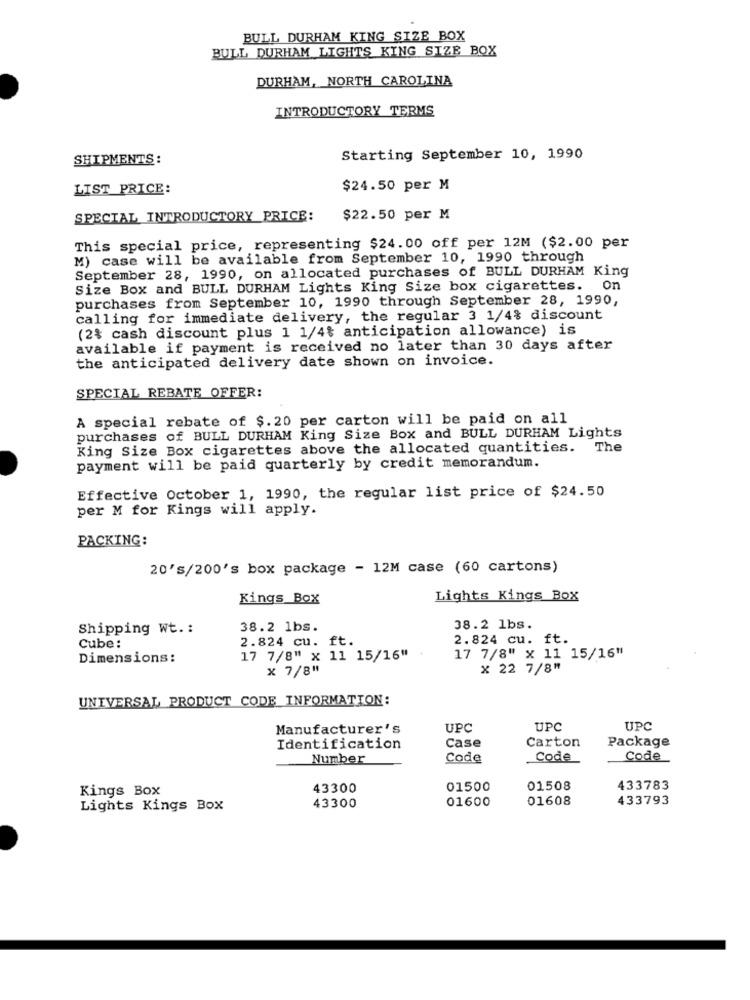
BULL DURHAM KING SIZE BOX
BULL DURHAM LIGHTS KING SIZE BOX
DURHAM, NORTH CAROLINA
INTRODUCTORY TERMS
SHIPMENTS:
Starting September 10, 1990
LIST PRICE:
$24.50 per M
SPECIAL INTRODUCTORY_PRICE:
$22.50 per M
This special price, representing $24.00 off per 12M ($2.00 per
M) case will be available from September 10, 1990 through
September 28, 1990, on allocated purchases of BULL DURHAM King
Size Box and BULL DURHAM Lights King Size box cigarettes. On
purchases from September 10, 1990 through September 28, 1990,
calling for immediate delivery, the regular 3 1/4% discount
(2% cash discount plus 1 1/4% anticipation allowance) is
available if payment is received no later than 30 days after
the anticipated delivery date shown on invoice.
SPECIAL REBATE OFFER:
A special rebate of $. 20 per carton will be paid on all
purchases of BULL DURHAM King Size Box and BULL DURHAM Lights
King Size Box cigarettes above the allocated quantities. The
payment will be paid quarterly by credit memorandum.
Effective October 1, 1990, the regular list price of $24.50
per M for Kings will apply.
PACKING:
20's/200's box package - 12M case (60 cartons)
Kings_Box
Lights Kings Box
Shipping Wt .:
38.2 1bs.
38.2 lbs.
2.824 cu. ft.
2.824 cu. ft.
Cube:
Dimensions:
17 7/8" x 11 15/16" .
17 7/8" x 11 15/16"
x 7/8"
x 22 7/8"
UNIVERSAL PRODUCT CODE INFORMATION:
Manufacturer's
UPC
UPC
UPC
Case
Carton
Package
Identification
Number
Code
Code
Code
Kings Box
43300
01500
01508
433783
01600
01608
433793
Lights Kings Box
43300